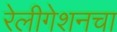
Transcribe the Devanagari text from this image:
रेलीगेशनचा